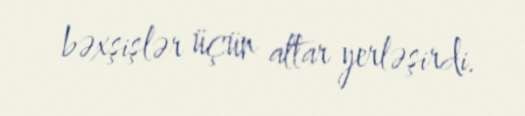
bəxşişlər üçün altar yerləşirdi.